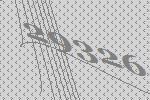
29326